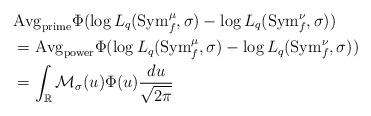
LaTeX: \begin{align*}&{\rm Avg}_{\rm prime}\Phi(\log L_q({\rm Sym}_f^{\mu},\sigma)-\log L_q({\rm Sym}_f^{\nu},\sigma))\\&= {\rm Avg}_{\rm power}\Phi(\log L_q({\rm Sym}_f^{\mu},\sigma)-\log L_q({\rm Sym}_f^{\nu},\sigma))\\ &=\int_{\mathbb{R}}\mathcal{M}_{\sigma}(u)\Phi(u)\frac{du}{\sqrt{2\pi}}\end{align*}